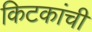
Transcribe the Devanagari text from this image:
किटकांची